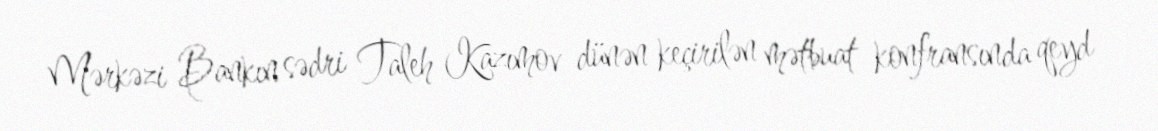
Mərkəzi Bankın sədri Taleh Kazımov dünən keçirilən mətbuat konfransında qeyd